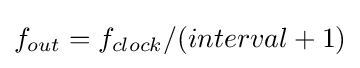
f_{out}=f_{clock}/(interval+1)